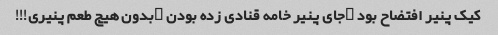
کیک پنیر افتضاح بود …جای پنیر خامه قنادی زده بودن …بدون هیچ طعم پنیری!!!